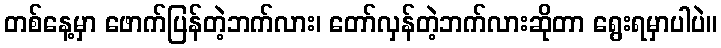
တစ်နေ့မှာ ဖောက်ပြန်တဲ့ဘက်လား၊ တော်လှန်တဲ့ဘက်လားဆိုတာ ရွေးရမှာပါပဲ။